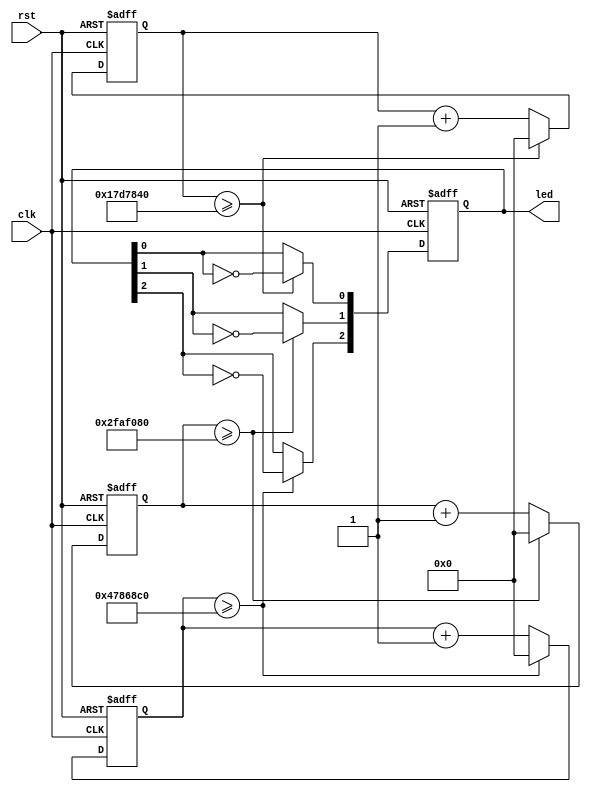
module led_blink (
    input wire clk,        
    input wire rst,        
    output reg [2:0] led   
);
    parameter LED0_DIV = 25_000_000; 
    parameter LED1_DIV = 50_000_000; 
    parameter LED2_DIV = 75_000_000; 
  
    reg [31:0] counter0 = 0;
    reg [31:0] counter1 = 0;
    reg [31:0] counter2 = 0;

    always @(posedge clk or posedge rst) begin
        if (rst) begin
            counter0 <= 0;
            counter1 <= 0;
            counter2 <= 0;
            led <= 3'b000;
        end else begin

            if (counter0 >= LED0_DIV) begin
                counter0 <= 0;
                led[0] <= ~led[0];
            end else begin
                counter0 <= counter0 + 1;
            end

            if (counter1 >= LED1_DIV) begin
                counter1 <= 0;
                led[1] <= ~led[1];
            end else begin
                counter1 <= counter1 + 1;
            end

            if (counter2 >= LED2_DIV) begin
                counter2 <= 0;
                led[2] <= ~led[2];
            end else begin
                counter2 <= counter2 + 1;
            end
        end
    end

endmodule